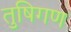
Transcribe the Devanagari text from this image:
तुषिगण